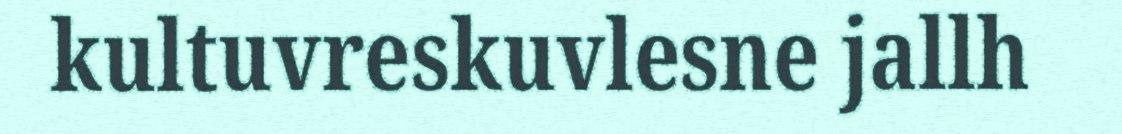
kultuvreskuvlesne jallh